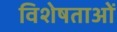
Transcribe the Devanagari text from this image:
विशेषताओें